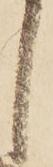
し